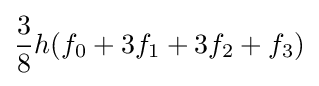
{\frac {3}{8}}h(f_{0}+3f_{1}+3f_{2}+f_{3})